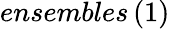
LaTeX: ensembles\left(1\right)